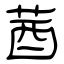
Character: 莤